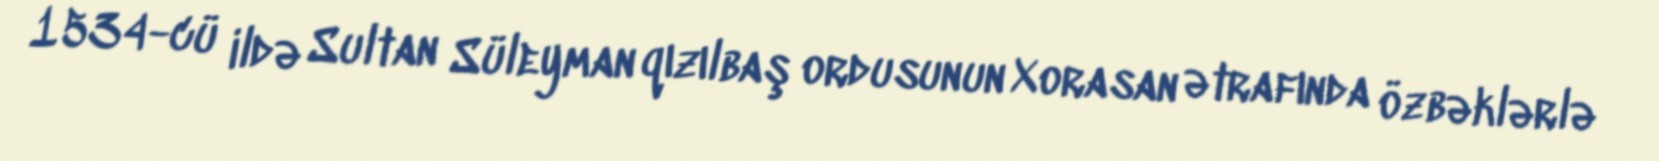
1534-cü ildə Sultan Süleyman qızılbaş ordusunun Xorasan ətrafında özbəklərlə